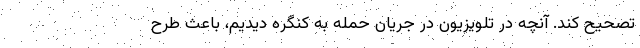
تصحیح کند. آنچه در تلویزیون در جریان حمله به کنگره دیدیم، باعث طرح